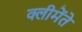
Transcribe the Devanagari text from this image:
क्लीमेंते